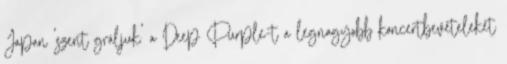
Japan 'szent gráljuk' a Deep Purple-t a legnagyobb koncertbevételeket